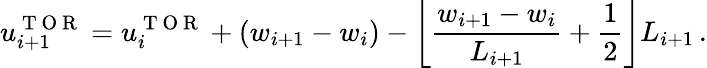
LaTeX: u_{i+1}^{\mathrm{~T~O~R~}}=u_{i}^{\mathrm{~T~O~R~}}+(w_{i+1}-w_{i})-\left\lfloor\frac{w_{i+1}-w_{i}}{L_{i+1}}+\frac{1}{2}\right\rfloor L_{i+1}\, .